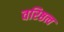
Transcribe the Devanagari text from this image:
वरिष्ठत्व